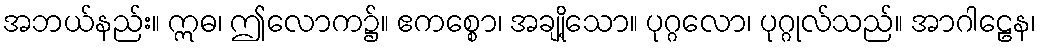
အဘယ်နည်း။ ဣဓ၊ ဤလောက၌။ ဧကစ္စော၊ အချို့သော။ ပုဂ္ဂလော၊ ပုဂ္ဂုလ်သည်။ အာဂါဠေန၊